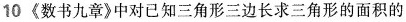
10《数书九章》中对已知三角形三边长求三角形的面积的